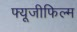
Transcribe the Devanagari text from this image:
फ्यूजीफिल्म